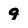
Character: 9